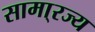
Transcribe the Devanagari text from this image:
सामा्रज्य